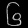
Digit: ၆